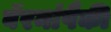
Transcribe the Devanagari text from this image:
बॅरनांपैकी